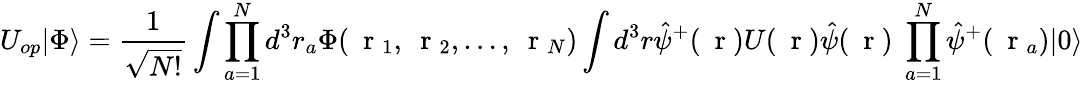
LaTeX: U_{op}|\Phi\rangle=\frac{1}{\sqrt{N!}}\int\prod_{a=1}^{N}d^{3}r_{a}\Phi(\mathrm{~\mathbf~r~}_{1},\mathrm{~\mathbf~r~}_{2},\dots,\mathrm{~\mathbf~r~}_{N})\int d^{3}r\hat{\psi}^{+}(\mathrm{~\mathbf~r~})U(\mathrm{~\mathbf~r~})\hat{\psi}(\mathrm{~\mathbf~r~})\; \prod_{a=1}^{N}\hat{\psi}^{+}(\mathrm{~\mathbf~r~}_{a})|0\rangle